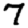
Digit: 7